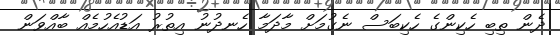
ދެން ތިބި ހެކިންގެ ހެކިބަސް ނެގުމަށް މާދަމާ ހެނދުނު އިތުރު އަޑުއެހުމެއް ބާއްވަން